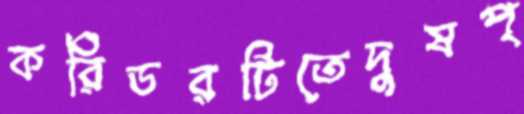
করিডরটিতেদুষপ্